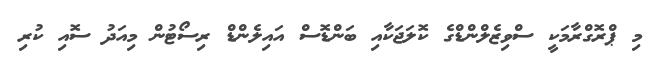
މި ޕްރޮގްރާމަކީ ސްވިޒެލްންޑްގެ ކޮލަޖަކާއި ބަންޑޮސް އައިލެންޑް ރިސޯޓުން މިއަދު ސޮއި ކުރި